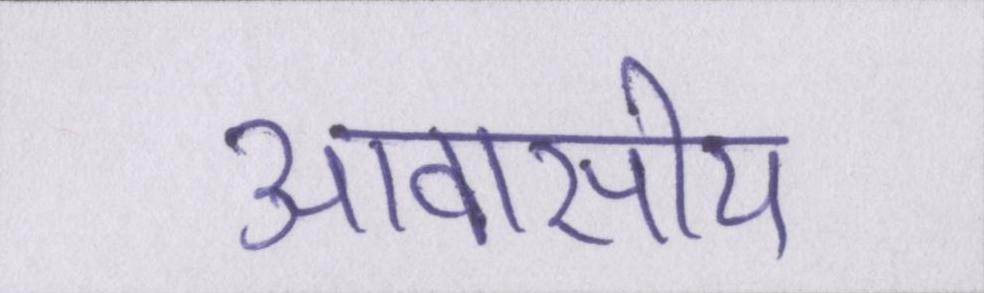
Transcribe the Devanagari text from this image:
आवासीय